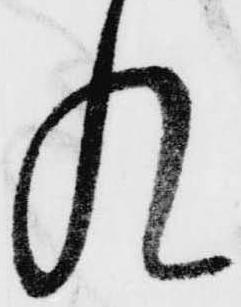
れ